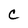
Character: C